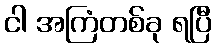
ငါ အကြံတစ်ခု ရပြီ